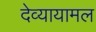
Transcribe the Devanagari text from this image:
देव्यायामल